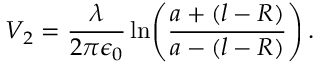
V _ { 2 } = \frac { \lambda } { 2 \pi \epsilon _ { 0 } } \ln \! \left( \frac { a + ( l - R ) } { a - ( l - R ) } \right) .